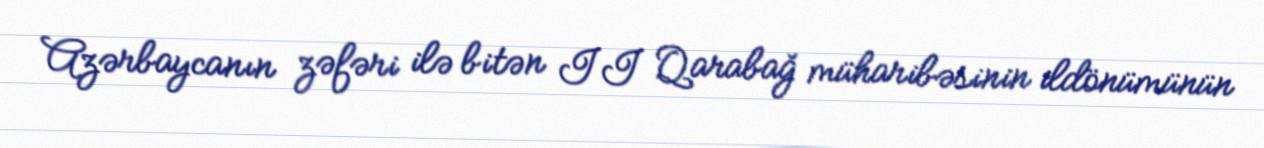
Azərbaycanın zəfəri ilə bitən II Qarabağ müharibəsinin ildönümünün